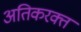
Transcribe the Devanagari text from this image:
अतिकरक्त